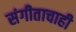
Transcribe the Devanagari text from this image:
संगीताचाही